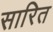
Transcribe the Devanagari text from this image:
सारित